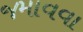
જમાવવા